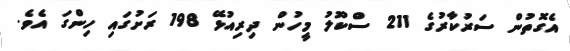
އެގޮތުން ސަރުކާރުގެ 211 ސްކޫލު މީހުން ދިރިއުޅޭ 198 ރަށުގައި ހިންގަ އެވެ.